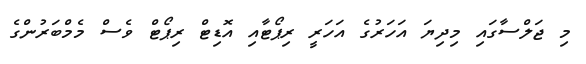
މި ޖަލްސާގައި މިދިޔަ އަހަރުގެ އަހަރީ ރިޕޯޓާއި އޮޑިޓް ރިޕޯޓް ވެސް މެމްބަރުންގެ